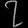
Digit: ၇